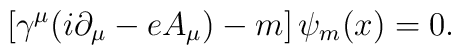
\left[ \gamma ^\mu (i\partial _\mu -eA_\mu )-m\right] \psi _m(x)=0.